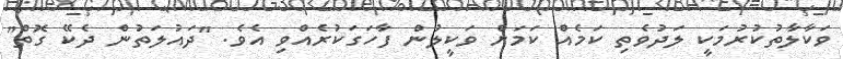
ވަކާލާތުކުރުމަކީ ލަދުވެތި ކަމެއް ކަމަށް ވަކީލުން ފާހަގަކުރެއްވި އެވެ. "ދައުލަތުން ދެކޭ ގޮތް"